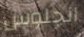
انجلوس